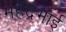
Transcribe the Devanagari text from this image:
महेंद्रभाई